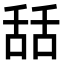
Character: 𦧚